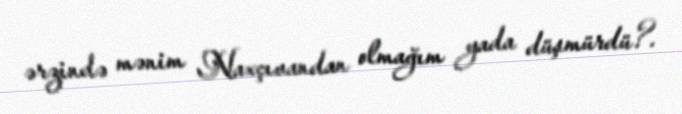
ərzində mənim Naxçıvandan olmağım yada düşmürdü?.